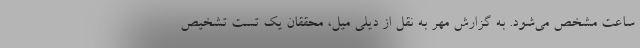
ساعت مشخص می‌شود. به گزارش مهر به نقل از دیلی میل، محققان یک تست تشخیص